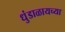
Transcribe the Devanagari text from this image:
धुंडाळायच्या